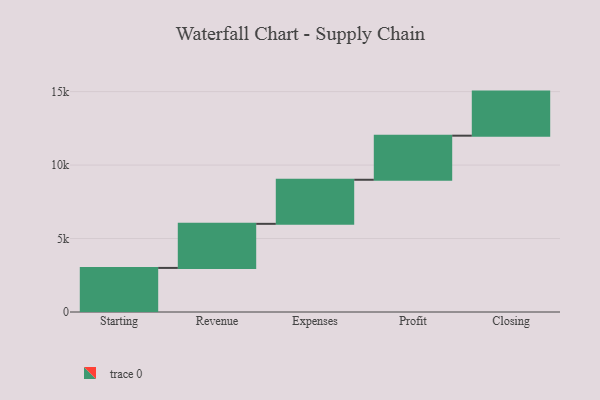
{"axis": {"x": "Step", "y": "Value"}, "legend": [""], "data": [{"x": "Starting", "y": 3000, "type": ""}, {"x": "Revenue", "y": 3000, "type": ""}, {"x": "Expenses", "y": 3000, "type": ""}, {"x": "Profit", "y": 3000, "type": ""}, {"x": "Closing", "y": 3000, "type": ""}]}